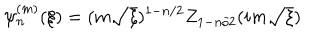
LaTeX: \psi _ { n } ^ { ( m ) } ( \xi ) = ( m \sqrt { \xi } ) ^ { 1 - n / 2 } Z _ { 1 - n / 2 } ( i m \sqrt { \xi } )